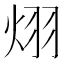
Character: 𪸪